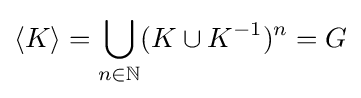
\langle K\rangle =\bigcup _{n\in \mathbb {N} }(K\cup K^{-1})^{n}=G